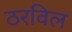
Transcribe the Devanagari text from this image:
ठरविल